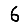
Digit: 6